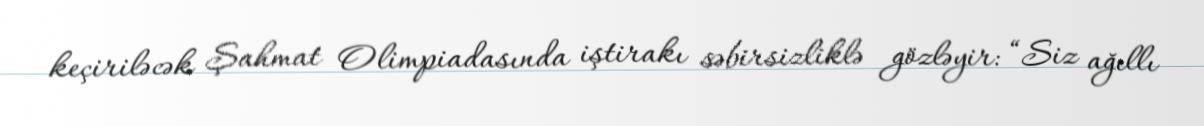
keçiriləcək Şahmat Olimpiadasında iştirakı səbirsizliklə gözləyir: “Siz ağıllı